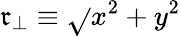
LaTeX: \mathfrak{r}_{\perp}\equiv\sqrt{}{{x^{2}+y^{2}}}